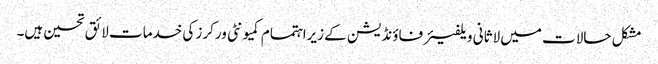
مشکل حالات میں لاثانی ویلفیئرفاؤنڈیشن کے زیراہتمام کمیونٹی ورکرز کی خدمات لائق تحسین ہیں۔